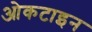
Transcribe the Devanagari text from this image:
ओकटाइन